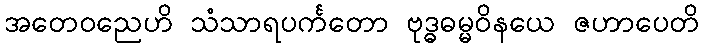
အတေဝညေဟိ သံသာရပင်္ကတော ဗုဒ္ဓဓမ္မဝိနယေ ဇဟာပေတိ